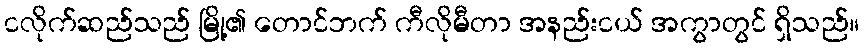
ငလိုက်ဆည်သည် မြို့၏ တောင်ဘက် ကီလိုမီတာ အနည်းငယ် အကွာတွင် ရှိသည်။